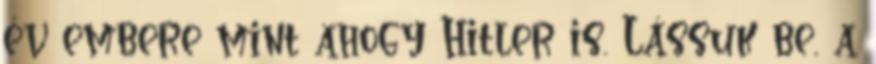
év embere mint ahogy Hitler is. Lássuk be, a